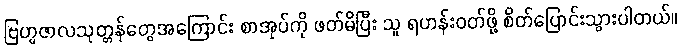
ဗြဟ္မဇာလသုတ္တန်တွေအကြောင်း စာအုပ်ကို ဖတ်မိပြီး သူ ရဟန်းဝတ်ဖို့ စိတ်ပြောင်းသွားပါတယ်။